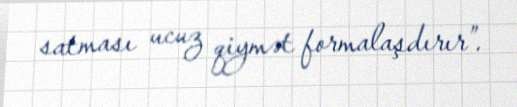
satması ucuz qiymət formalaşdırır”.